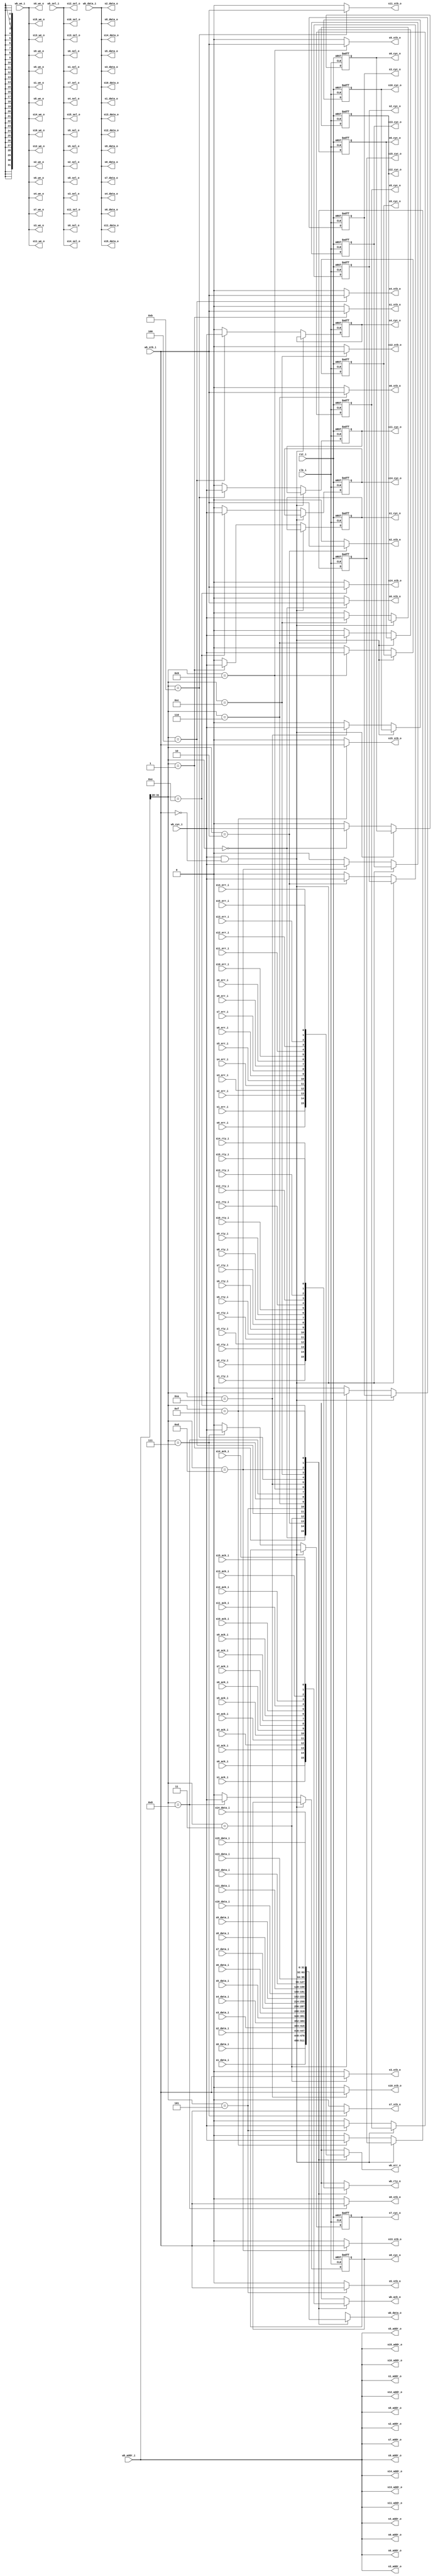
module wb_conmax_master_if(

	clk_i, rst_i,

	// Master interface
	wb_data_i, wb_data_o, wb_addr_i, wb_sel_i, wb_we_i, wb_cyc_i,
	wb_stb_i, wb_ack_o, wb_err_o, wb_rty_o,

	// Slave 0 Interface
	s0_data_i, s0_data_o, s0_addr_o, s0_sel_o, s0_we_o, s0_cyc_o,
	s0_stb_o, s0_ack_i, s0_err_i, s0_rty_i,

	// Slave 1 Interface
	s1_data_i, s1_data_o, s1_addr_o, s1_sel_o, s1_we_o, s1_cyc_o,
	s1_stb_o, s1_ack_i, s1_err_i, s1_rty_i,

	// Slave 2 Interface
	s2_data_i, s2_data_o, s2_addr_o, s2_sel_o, s2_we_o, s2_cyc_o,
	s2_stb_o, s2_ack_i, s2_err_i, s2_rty_i,

	// Slave 3 Interface
	s3_data_i, s3_data_o, s3_addr_o, s3_sel_o, s3_we_o, s3_cyc_o,
	s3_stb_o, s3_ack_i, s3_err_i, s3_rty_i,

	// Slave 4 Interface
	s4_data_i, s4_data_o, s4_addr_o, s4_sel_o, s4_we_o, s4_cyc_o,
	s4_stb_o, s4_ack_i, s4_err_i, s4_rty_i,

	// Slave 5 Interface
	s5_data_i, s5_data_o, s5_addr_o, s5_sel_o, s5_we_o, s5_cyc_o,
	s5_stb_o, s5_ack_i, s5_err_i, s5_rty_i,

	// Slave 6 Interface
	s6_data_i, s6_data_o, s6_addr_o, s6_sel_o, s6_we_o, s6_cyc_o,
	s6_stb_o, s6_ack_i, s6_err_i, s6_rty_i,

	// Slave 7 Interface
	s7_data_i, s7_data_o, s7_addr_o, s7_sel_o, s7_we_o, s7_cyc_o,
	s7_stb_o, s7_ack_i, s7_err_i, s7_rty_i,

	// Slave 8 Interface
	s8_data_i, s8_data_o, s8_addr_o, s8_sel_o, s8_we_o, s8_cyc_o,
	s8_stb_o, s8_ack_i, s8_err_i, s8_rty_i,

	// Slave 9 Interface
	s9_data_i, s9_data_o, s9_addr_o, s9_sel_o, s9_we_o, s9_cyc_o,
	s9_stb_o, s9_ack_i, s9_err_i, s9_rty_i,

	// Slave 10 Interface
	s10_data_i, s10_data_o, s10_addr_o, s10_sel_o, s10_we_o, s10_cyc_o,
	s10_stb_o, s10_ack_i, s10_err_i, s10_rty_i,

	// Slave 11 Interface
	s11_data_i, s11_data_o, s11_addr_o, s11_sel_o, s11_we_o, s11_cyc_o,
	s11_stb_o, s11_ack_i, s11_err_i, s11_rty_i,

	// Slave 12 Interface
	s12_data_i, s12_data_o, s12_addr_o, s12_sel_o, s12_we_o, s12_cyc_o,
	s12_stb_o, s12_ack_i, s12_err_i, s12_rty_i,

	// Slave 13 Interface
	s13_data_i, s13_data_o, s13_addr_o, s13_sel_o, s13_we_o, s13_cyc_o,
	s13_stb_o, s13_ack_i, s13_err_i, s13_rty_i,

	// Slave 14 Interface
	s14_data_i, s14_data_o, s14_addr_o, s14_sel_o, s14_we_o, s14_cyc_o,
	s14_stb_o, s14_ack_i, s14_err_i, s14_rty_i,

	// Slave 15 Interface
	s15_data_i, s15_data_o, s15_addr_o, s15_sel_o, s15_we_o, s15_cyc_o,
	s15_stb_o, s15_ack_i, s15_err_i, s15_rty_i
	);

////////////////////////////////////////////////////////////////////
//
// Module Parameters
//

parameter		dw	= 32;		// Data bus Width
parameter		aw	= 32;		// Address bus Width
parameter		sw	= dw / 8;	// Number of Select Lines

////////////////////////////////////////////////////////////////////
//
// Module IOs
//

input			clk_i, rst_i;

// Master Interface
input	[dw-1:0]	wb_data_i;
output	[dw-1:0]	wb_data_o;
input	[aw-1:0]	wb_addr_i;
input	[sw-1:0]	wb_sel_i;
input			wb_we_i;
input			wb_cyc_i;
input			wb_stb_i;
output			wb_ack_o;
output			wb_err_o;
output			wb_rty_o;

// Slave 0 Interface
input	[dw-1:0]	s0_data_i;
output	[dw-1:0]	s0_data_o;
output	[aw-1:0]	s0_addr_o;
output	[sw-1:0]	s0_sel_o;
output			s0_we_o;
output			s0_cyc_o;
output			s0_stb_o;
input			s0_ack_i;
input			s0_err_i;
input			s0_rty_i;

// Slave 1 Interface
input	[dw-1:0]	s1_data_i;
output	[dw-1:0]	s1_data_o;
output	[aw-1:0]	s1_addr_o;
output	[sw-1:0]	s1_sel_o;
output			s1_we_o;
output			s1_cyc_o;
output			s1_stb_o;
input			s1_ack_i;
input			s1_err_i;
input			s1_rty_i;

// Slave 2 Interface
input	[dw-1:0]	s2_data_i;
output	[dw-1:0]	s2_data_o;
output	[aw-1:0]	s2_addr_o;
output	[sw-1:0]	s2_sel_o;
output			s2_we_o;
output			s2_cyc_o;
output			s2_stb_o;
input			s2_ack_i;
input			s2_err_i;
input			s2_rty_i;

// Slave 3 Interface
input	[dw-1:0]	s3_data_i;
output	[dw-1:0]	s3_data_o;
output	[aw-1:0]	s3_addr_o;
output	[sw-1:0]	s3_sel_o;
output			s3_we_o;
output			s3_cyc_o;
output			s3_stb_o;
input			s3_ack_i;
input			s3_err_i;
input			s3_rty_i;

// Slave 4 Interface
input	[dw-1:0]	s4_data_i;
output	[dw-1:0]	s4_data_o;
output	[aw-1:0]	s4_addr_o;
output	[sw-1:0]	s4_sel_o;
output			s4_we_o;
output			s4_cyc_o;
output			s4_stb_o;
input			s4_ack_i;
input			s4_err_i;
input			s4_rty_i;

// Slave 5 Interface
input	[dw-1:0]	s5_data_i;
output	[dw-1:0]	s5_data_o;
output	[aw-1:0]	s5_addr_o;
output	[sw-1:0]	s5_sel_o;
output			s5_we_o;
output			s5_cyc_o;
output			s5_stb_o;
input			s5_ack_i;
input			s5_err_i;
input			s5_rty_i;

// Slave 6 Interface
input	[dw-1:0]	s6_data_i;
output	[dw-1:0]	s6_data_o;
output	[aw-1:0]	s6_addr_o;
output	[sw-1:0]	s6_sel_o;
output			s6_we_o;
output			s6_cyc_o;
output			s6_stb_o;
input			s6_ack_i;
input			s6_err_i;
input			s6_rty_i;

// Slave 7 Interface
input	[dw-1:0]	s7_data_i;
output	[dw-1:0]	s7_data_o;
output	[aw-1:0]	s7_addr_o;
output	[sw-1:0]	s7_sel_o;
output			s7_we_o;
output			s7_cyc_o;
output			s7_stb_o;
input			s7_ack_i;
input			s7_err_i;
input			s7_rty_i;

// Slave 8 Interface
input	[dw-1:0]	s8_data_i;
output	[dw-1:0]	s8_data_o;
output	[aw-1:0]	s8_addr_o;
output	[sw-1:0]	s8_sel_o;
output			s8_we_o;
output			s8_cyc_o;
output			s8_stb_o;
input			s8_ack_i;
input			s8_err_i;
input			s8_rty_i;

// Slave 9 Interface
input	[dw-1:0]	s9_data_i;
output	[dw-1:0]	s9_data_o;
output	[aw-1:0]	s9_addr_o;
output	[sw-1:0]	s9_sel_o;
output			s9_we_o;
output			s9_cyc_o;
output			s9_stb_o;
input			s9_ack_i;
input			s9_err_i;
input			s9_rty_i;

// Slave 10 Interface
input	[dw-1:0]	s10_data_i;
output	[dw-1:0]	s10_data_o;
output	[aw-1:0]	s10_addr_o;
output	[sw-1:0]	s10_sel_o;
output			s10_we_o;
output			s10_cyc_o;
output			s10_stb_o;
input			s10_ack_i;
input			s10_err_i;
input			s10_rty_i;

// Slave 11 Interface
input	[dw-1:0]	s11_data_i;
output	[dw-1:0]	s11_data_o;
output	[aw-1:0]	s11_addr_o;
output	[sw-1:0]	s11_sel_o;
output			s11_we_o;
output			s11_cyc_o;
output			s11_stb_o;
input			s11_ack_i;
input			s11_err_i;
input			s11_rty_i;

// Slave 12 Interface
input	[dw-1:0]	s12_data_i;
output	[dw-1:0]	s12_data_o;
output	[aw-1:0]	s12_addr_o;
output	[sw-1:0]	s12_sel_o;
output			s12_we_o;
output			s12_cyc_o;
output			s12_stb_o;
input			s12_ack_i;
input			s12_err_i;
input			s12_rty_i;

// Slave 13 Interface
input	[dw-1:0]	s13_data_i;
output	[dw-1:0]	s13_data_o;
output	[aw-1:0]	s13_addr_o;
output	[sw-1:0]	s13_sel_o;
output			s13_we_o;
output			s13_cyc_o;
output			s13_stb_o;
input			s13_ack_i;
input			s13_err_i;
input			s13_rty_i;

// Slave 14 Interface
input	[dw-1:0]	s14_data_i;
output	[dw-1:0]	s14_data_o;
output	[aw-1:0]	s14_addr_o;
output	[sw-1:0]	s14_sel_o;
output			s14_we_o;
output			s14_cyc_o;
output			s14_stb_o;
input			s14_ack_i;
input			s14_err_i;
input			s14_rty_i;

// Slave 15 Interface
input	[dw-1:0]	s15_data_i;
output	[dw-1:0]	s15_data_o;
output	[aw-1:0]	s15_addr_o;
output	[sw-1:0]	s15_sel_o;
output			s15_we_o;
output			s15_cyc_o;
output			s15_stb_o;
input			s15_ack_i;
input			s15_err_i;
input			s15_rty_i;

////////////////////////////////////////////////////////////////////
//
// Local Wires
//

reg	[dw-1:0]	wb_data_o;
reg			wb_ack_o;
reg			wb_err_o;
reg			wb_rty_o;
wire	[3:0]		slv_sel;

wire		s0_cyc_o_next, s1_cyc_o_next, s2_cyc_o_next, s3_cyc_o_next;
wire		s4_cyc_o_next, s5_cyc_o_next, s6_cyc_o_next, s7_cyc_o_next;
wire		s8_cyc_o_next, s9_cyc_o_next, s10_cyc_o_next, s11_cyc_o_next;
wire		s12_cyc_o_next, s13_cyc_o_next, s14_cyc_o_next, s15_cyc_o_next;

reg		s0_cyc_o, s1_cyc_o, s2_cyc_o, s3_cyc_o;
reg		s4_cyc_o, s5_cyc_o, s6_cyc_o, s7_cyc_o;
reg		s8_cyc_o, s9_cyc_o, s10_cyc_o, s11_cyc_o;
reg		s12_cyc_o, s13_cyc_o, s14_cyc_o, s15_cyc_o;

////////////////////////////////////////////////////////////////////
//
// Select logic
//

assign slv_sel = wb_addr_i[aw-1:aw-4];

////////////////////////////////////////////////////////////////////
//
// Address & Data Pass
//

assign s0_addr_o = wb_addr_i;
assign s1_addr_o = wb_addr_i;
assign s2_addr_o = wb_addr_i;
assign s3_addr_o = wb_addr_i;
assign s4_addr_o = wb_addr_i;
assign s5_addr_o = wb_addr_i;
assign s6_addr_o = wb_addr_i;
assign s7_addr_o = wb_addr_i;
assign s8_addr_o = wb_addr_i;
assign s9_addr_o = wb_addr_i;
assign s10_addr_o = wb_addr_i;
assign s11_addr_o = wb_addr_i;
assign s12_addr_o = wb_addr_i;
assign s13_addr_o = wb_addr_i;
assign s14_addr_o = wb_addr_i;
assign s15_addr_o = wb_addr_i;

assign s0_sel_o = wb_sel_i;
assign s1_sel_o = wb_sel_i;
assign s2_sel_o = wb_sel_i;
assign s3_sel_o = wb_sel_i;
assign s4_sel_o = wb_sel_i;
assign s5_sel_o = wb_sel_i;
assign s6_sel_o = wb_sel_i;
assign s7_sel_o = wb_sel_i;
assign s8_sel_o = wb_sel_i;
assign s9_sel_o = wb_sel_i;
assign s10_sel_o = wb_sel_i;
assign s11_sel_o = wb_sel_i;
assign s12_sel_o = wb_sel_i;
assign s13_sel_o = wb_sel_i;
assign s14_sel_o = wb_sel_i;
assign s15_sel_o = wb_sel_i;

assign s0_data_o = wb_data_i;
assign s1_data_o = wb_data_i;
assign s2_data_o = wb_data_i;
assign s3_data_o = wb_data_i;
assign s4_data_o = wb_data_i;
assign s5_data_o = wb_data_i;
assign s6_data_o = wb_data_i;
assign s7_data_o = wb_data_i;
assign s8_data_o = wb_data_i;
assign s9_data_o = wb_data_i;
assign s10_data_o = wb_data_i;
assign s11_data_o = wb_data_i;
assign s12_data_o = wb_data_i;
assign s13_data_o = wb_data_i;
assign s14_data_o = wb_data_i;
assign s15_data_o = wb_data_i;

always @(slv_sel or s0_data_i or s1_data_i or s2_data_i or s3_data_i or
	s4_data_i or s5_data_i or s6_data_i or s7_data_i or s8_data_i or
	s9_data_i or s10_data_i or s11_data_i or s12_data_i or
	s13_data_i or s14_data_i or s15_data_i)
	case(slv_sel)	// synopsys parallel_case
	   4'd0:	wb_data_o = s0_data_i;
	   4'd1:	wb_data_o = s1_data_i;
	   4'd2:	wb_data_o = s2_data_i;
	   4'd3:	wb_data_o = s3_data_i;
	   4'd4:	wb_data_o = s4_data_i;
	   4'd5:	wb_data_o = s5_data_i;
	   4'd6:	wb_data_o = s6_data_i;
	   4'd7:	wb_data_o = s7_data_i;
	   4'd8:	wb_data_o = s8_data_i;
	   4'd9:	wb_data_o = s9_data_i;
	   4'd10:	wb_data_o = s10_data_i;
	   4'd11:	wb_data_o = s11_data_i;
	   4'd12:	wb_data_o = s12_data_i;
	   4'd13:	wb_data_o = s13_data_i;
	   4'd14:	wb_data_o = s14_data_i;
	   4'd15:	wb_data_o = s15_data_i;
//	   default:	wb_data_o = {dw{1'bx}};
	endcase

////////////////////////////////////////////////////////////////////
//
// Control Signal Pass
//

assign s0_we_o = wb_we_i;
assign s1_we_o = wb_we_i;
assign s2_we_o = wb_we_i;
assign s3_we_o = wb_we_i;
assign s4_we_o = wb_we_i;
assign s5_we_o = wb_we_i;
assign s6_we_o = wb_we_i;
assign s7_we_o = wb_we_i;
assign s8_we_o = wb_we_i;
assign s9_we_o = wb_we_i;
assign s10_we_o = wb_we_i;
assign s11_we_o = wb_we_i;
assign s12_we_o = wb_we_i;
assign s13_we_o = wb_we_i;
assign s14_we_o = wb_we_i;
assign s15_we_o = wb_we_i;

assign s0_cyc_o_next = (wb_cyc_i & !wb_stb_i) ? s0_cyc_o : ((slv_sel==4'd0) ? wb_cyc_i : 1'b0);
assign s1_cyc_o_next = (wb_cyc_i & !wb_stb_i) ? s1_cyc_o : ((slv_sel==4'd1) ? wb_cyc_i : 1'b0);
assign s2_cyc_o_next = (wb_cyc_i & !wb_stb_i) ? s2_cyc_o : ((slv_sel==4'd2) ? wb_cyc_i : 1'b0);
assign s3_cyc_o_next = (wb_cyc_i & !wb_stb_i) ? s3_cyc_o : ((slv_sel==4'd3) ? wb_cyc_i : 1'b0);
assign s4_cyc_o_next = (wb_cyc_i & !wb_stb_i) ? s4_cyc_o : ((slv_sel==4'd4) ? wb_cyc_i : 1'b0);
assign s5_cyc_o_next = (wb_cyc_i & !wb_stb_i) ? s5_cyc_o : ((slv_sel==4'd5) ? wb_cyc_i : 1'b0);
assign s6_cyc_o_next = (wb_cyc_i & !wb_stb_i) ? s6_cyc_o : ((slv_sel==4'd6) ? wb_cyc_i : 1'b0);
assign s7_cyc_o_next = (wb_cyc_i & !wb_stb_i) ? s7_cyc_o : ((slv_sel==4'd7) ? wb_cyc_i : 1'b0);
assign s8_cyc_o_next = (wb_cyc_i & !wb_stb_i) ? s8_cyc_o : ((slv_sel==4'd8) ? wb_cyc_i : 1'b0);
assign s9_cyc_o_next = (wb_cyc_i & !wb_stb_i) ? s9_cyc_o : ((slv_sel==4'd9) ? wb_cyc_i : 1'b0);
assign s10_cyc_o_next = (wb_cyc_i & !wb_stb_i) ? s10_cyc_o : ((slv_sel==4'd10) ? wb_cyc_i : 1'b0);
assign s11_cyc_o_next = (wb_cyc_i & !wb_stb_i) ? s11_cyc_o : ((slv_sel==4'd11) ? wb_cyc_i : 1'b0);
assign s12_cyc_o_next = (wb_cyc_i & !wb_stb_i) ? s12_cyc_o : ((slv_sel==4'd12) ? wb_cyc_i : 1'b0);
assign s13_cyc_o_next = (wb_cyc_i & !wb_stb_i) ? s13_cyc_o : ((slv_sel==4'd13) ? wb_cyc_i : 1'b0);
assign s14_cyc_o_next = (wb_cyc_i & !wb_stb_i) ? s14_cyc_o : ((slv_sel==4'd14) ? wb_cyc_i : 1'b0);
assign s15_cyc_o_next = (wb_cyc_i & !wb_stb_i) ? s15_cyc_o : ((slv_sel==4'd15) ? wb_cyc_i : 1'b0);

always @(posedge clk_i or posedge rst_i) 
	if(rst_i)	s0_cyc_o <= #1 1'b0; 
	else		s0_cyc_o <= #1 s0_cyc_o_next; 

always @(posedge clk_i or posedge rst_i) 
	if(rst_i)	s1_cyc_o <= #1 1'b0; 
	else		s1_cyc_o <= #1 s1_cyc_o_next; 

always @(posedge clk_i or posedge rst_i) 
	if(rst_i)	s2_cyc_o <= #1 1'b0; 
	else		s2_cyc_o <= #1 s2_cyc_o_next; 

always @(posedge clk_i or posedge rst_i) 
	if(rst_i)	s3_cyc_o <= #1 1'b0; 
	else		s3_cyc_o <= #1 s3_cyc_o_next; 

always @(posedge clk_i or posedge rst_i) 
	if(rst_i)	s4_cyc_o <= #1 1'b0; 
	else		s4_cyc_o <= #1 s4_cyc_o_next; 

always @(posedge clk_i or posedge rst_i) 
	if(rst_i)	s5_cyc_o <= #1 1'b0; 
	else		s5_cyc_o <= #1 s5_cyc_o_next; 

always @(posedge clk_i or posedge rst_i) 
	if(rst_i)	s6_cyc_o <= #1 1'b0; 
	else		s6_cyc_o <= #1 s6_cyc_o_next; 

always @(posedge clk_i or posedge rst_i) 
	if(rst_i)	s7_cyc_o <= #1 1'b0; 
	else		s7_cyc_o <= #1 s7_cyc_o_next; 

always @(posedge clk_i or posedge rst_i) 
	if(rst_i)	s8_cyc_o <= #1 1'b0; 
	else		s8_cyc_o <= #1 s8_cyc_o_next; 

always @(posedge clk_i or posedge rst_i) 
	if(rst_i)	s9_cyc_o <= #1 1'b0; 
	else		s9_cyc_o <= #1 s9_cyc_o_next; 

always @(posedge clk_i or posedge rst_i) 
	if(rst_i)	s10_cyc_o <= #1 1'b0; 
	else		s10_cyc_o <= #1 s10_cyc_o_next; 

always @(posedge clk_i or posedge rst_i) 
	if(rst_i)	s11_cyc_o <= #1 1'b0; 
	else		s11_cyc_o <= #1 s11_cyc_o_next; 

always @(posedge clk_i or posedge rst_i) 
	if(rst_i)	s12_cyc_o <= #1 1'b0; 
	else		s12_cyc_o <= #1 s12_cyc_o_next; 

always @(posedge clk_i or posedge rst_i) 
	if(rst_i)	s13_cyc_o <= #1 1'b0; 
	else		s13_cyc_o <= #1 s13_cyc_o_next; 

always @(posedge clk_i or posedge rst_i) 
	if(rst_i)	s14_cyc_o <= #1 1'b0; 
	else		s14_cyc_o <= #1 s14_cyc_o_next; 

always @(posedge clk_i or posedge rst_i) 
	if(rst_i)	s15_cyc_o <= #1 1'b0; 
	else		s15_cyc_o <= #1 s15_cyc_o_next; 

assign s0_stb_o = (slv_sel==4'd0) ? wb_stb_i : 1'b0;
assign s1_stb_o = (slv_sel==4'd1) ? wb_stb_i : 1'b0;
assign s2_stb_o = (slv_sel==4'd2) ? wb_stb_i : 1'b0;
assign s3_stb_o = (slv_sel==4'd3) ? wb_stb_i : 1'b0;
assign s4_stb_o = (slv_sel==4'd4) ? wb_stb_i : 1'b0;
assign s5_stb_o = (slv_sel==4'd5) ? wb_stb_i : 1'b0;
assign s6_stb_o = (slv_sel==4'd6) ? wb_stb_i : 1'b0;
assign s7_stb_o = (slv_sel==4'd7) ? wb_stb_i : 1'b0;
assign s8_stb_o = (slv_sel==4'd8) ? wb_stb_i : 1'b0;
assign s9_stb_o = (slv_sel==4'd9) ? wb_stb_i : 1'b0;
assign s10_stb_o = (slv_sel==4'd10) ? wb_stb_i : 1'b0;
assign s11_stb_o = (slv_sel==4'd11) ? wb_stb_i : 1'b0;
assign s12_stb_o = (slv_sel==4'd12) ? wb_stb_i : 1'b0;
assign s13_stb_o = (slv_sel==4'd13) ? wb_stb_i : 1'b0;
assign s14_stb_o = (slv_sel==4'd14) ? wb_stb_i : 1'b0;
assign s15_stb_o = (slv_sel==4'd15) ? wb_stb_i : 1'b0;

always @(slv_sel or s0_ack_i or s1_ack_i or s2_ack_i or s3_ack_i or
	s4_ack_i or s5_ack_i or s6_ack_i or s7_ack_i or s8_ack_i or
	s9_ack_i or s10_ack_i or s11_ack_i or s12_ack_i or
	s13_ack_i or s14_ack_i or s15_ack_i)
	case(slv_sel)	// synopsys parallel_case
	   4'd0:	wb_ack_o = s0_ack_i;
	   4'd1:	wb_ack_o = s1_ack_i;
	   4'd2:	wb_ack_o = s2_ack_i;
	   4'd3:	wb_ack_o = s3_ack_i;
	   4'd4:	wb_ack_o = s4_ack_i;
	   4'd5:	wb_ack_o = s5_ack_i;
	   4'd6:	wb_ack_o = s6_ack_i;
	   4'd7:	wb_ack_o = s7_ack_i;
	   4'd8:	wb_ack_o = s8_ack_i;
	   4'd9:	wb_ack_o = s9_ack_i;
	   4'd10:	wb_ack_o = s10_ack_i;
	   4'd11:	wb_ack_o = s11_ack_i;
	   4'd12:	wb_ack_o = s12_ack_i;
	   4'd13:	wb_ack_o = s13_ack_i;
	   4'd14:	wb_ack_o = s14_ack_i;
	   4'd15:	wb_ack_o = s15_ack_i;
	endcase

always @(slv_sel or s0_err_i or s1_err_i or s2_err_i or s3_err_i or
	s4_err_i or s5_err_i or s6_err_i or s7_err_i or s8_err_i or
	s9_err_i or s10_err_i or s11_err_i or s12_err_i or
	s13_err_i or s14_err_i or s15_err_i)
	case(slv_sel)	// synopsys parallel_case
	   4'd0:	wb_err_o = s0_err_i;
	   4'd1:	wb_err_o = s1_err_i;
	   4'd2:	wb_err_o = s2_err_i;
	   4'd3:	wb_err_o = s3_err_i;
	   4'd4:	wb_err_o = s4_err_i;
	   4'd5:	wb_err_o = s5_err_i;
	   4'd6:	wb_err_o = s6_err_i;
	   4'd7:	wb_err_o = s7_err_i;
	   4'd8:	wb_err_o = s8_err_i;
	   4'd9:	wb_err_o = s9_err_i;
	   4'd10:	wb_err_o = s10_err_i;
	   4'd11:	wb_err_o = s11_err_i;
	   4'd12:	wb_err_o = s12_err_i;
	   4'd13:	wb_err_o = s13_err_i;
	   4'd14:	wb_err_o = s14_err_i;
	   4'd15:	wb_err_o = s15_err_i;
	endcase

always @(slv_sel or s0_rty_i or s1_rty_i or s2_rty_i or s3_rty_i or
	s4_rty_i or s5_rty_i or s6_rty_i or s7_rty_i or s8_rty_i or
	s9_rty_i or s10_rty_i or s11_rty_i or s12_rty_i or
	s13_rty_i or s14_rty_i or s15_rty_i)
	case(slv_sel)	// synopsys parallel_case
	   4'd0:	wb_rty_o = s0_rty_i;
	   4'd1:	wb_rty_o = s1_rty_i;
	   4'd2:	wb_rty_o = s2_rty_i;
	   4'd3:	wb_rty_o = s3_rty_i;
	   4'd4:	wb_rty_o = s4_rty_i;
	   4'd5:	wb_rty_o = s5_rty_i;
	   4'd6:	wb_rty_o = s6_rty_i;
	   4'd7:	wb_rty_o = s7_rty_i;
	   4'd8:	wb_rty_o = s8_rty_i;
	   4'd9:	wb_rty_o = s9_rty_i;
	   4'd10:	wb_rty_o = s10_rty_i;
	   4'd11:	wb_rty_o = s11_rty_i;
	   4'd12:	wb_rty_o = s12_rty_i;
	   4'd13:	wb_rty_o = s13_rty_i;
	   4'd14:	wb_rty_o = s14_rty_i;
	   4'd15:	wb_rty_o = s15_rty_i;
	endcase

endmodule